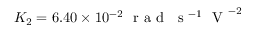
K _ { 2 } = 6 . 4 0 \times 1 0 ^ { - 2 } ~ \mathrm { ~ r ~ a ~ d ~ } ~ \mathrm { ~ s ~ } ^ { - 1 } ~ \mathrm { ~ V ~ } ^ { - 2 }